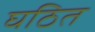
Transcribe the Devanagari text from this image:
घठित